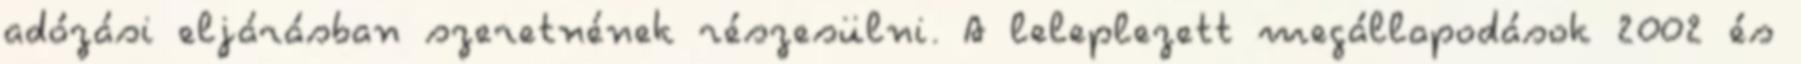
adózási eljárásban szeretnének részesülni. A leleplezett megállapodások 2002 és